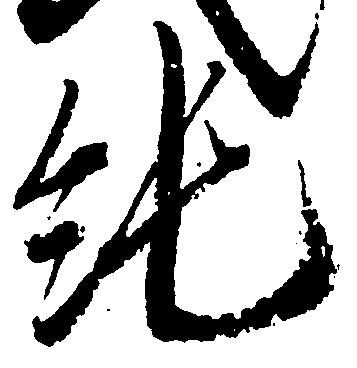
純